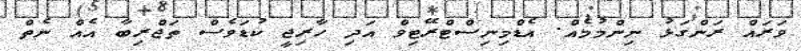
ވަރައް ރަންގަޅު ނިންމުމެއް. އެޑްމިނިސްޓްރޭޓިވް އަދި ހާރިޖީ ކުޑަވެސް ތަޖްރިބާ އެއް ނެތް